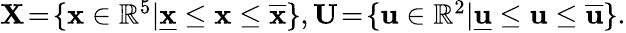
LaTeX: \begin{array}{r}{\mathbf{X}\! =\! \{ \mathbf{x}\in\mathbb{R}^{5}|\underline{{\mathbf{x}}}\leq\mathbf{x}\leq\overline{{\mathbf{x}}}\} ,\mathbf{U}\! =\! \{ \mathbf{u}\in\mathbb{R}^{2}|\underline{{\mathbf{u}}}\leq\mathbf{u}\leq\overline{{\mathbf{u}}}\} .}\end{array}